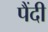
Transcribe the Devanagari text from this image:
पैंदी